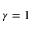
\gamma = 1